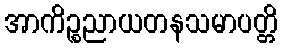
အာကိဉ္စညာယတနသမာပတ္တိ